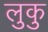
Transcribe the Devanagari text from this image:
लुकु